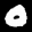
Label: 0